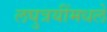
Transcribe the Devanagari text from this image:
लघुत्रयींमधले